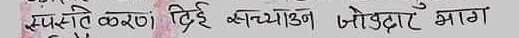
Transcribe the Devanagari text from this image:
सम्पर्के करण ट्रिई अल्माउन जोड़दार भाग